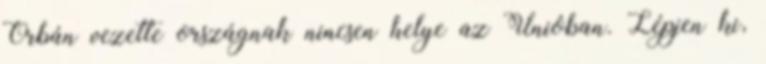
Orbán vezette országnak nincsen helye az Unióban. Lépjen ki,